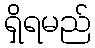
ရှိရမည်